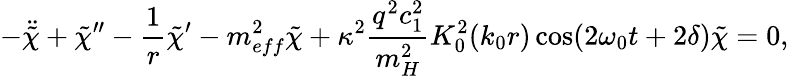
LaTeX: -\ddot{\tilde{\chi}}+\tilde{\chi}^{\prime\prime}-\frac{1}{r}\tilde{\chi}^{\prime}-m_{eff}^{2}\tilde{\chi}+\kappa^{2}\frac{q^{2}c_{1}^{2}}{m_{H}^{2}}K_{0}^{2}(k_{0}r)\cos(2\omega_{0}t+2\delta)\tilde{\chi}=0,